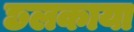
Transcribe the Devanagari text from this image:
छलकाया